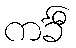
ကင်္ခီ